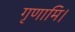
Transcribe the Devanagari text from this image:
गृणामि।